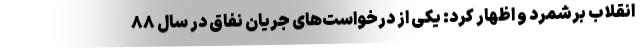
انقلاب برشمرد و اظهار کرد: یکی از درخواست‌های جریان نفاق در سال ۸۸